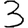
Digit: 3